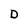
Character: D